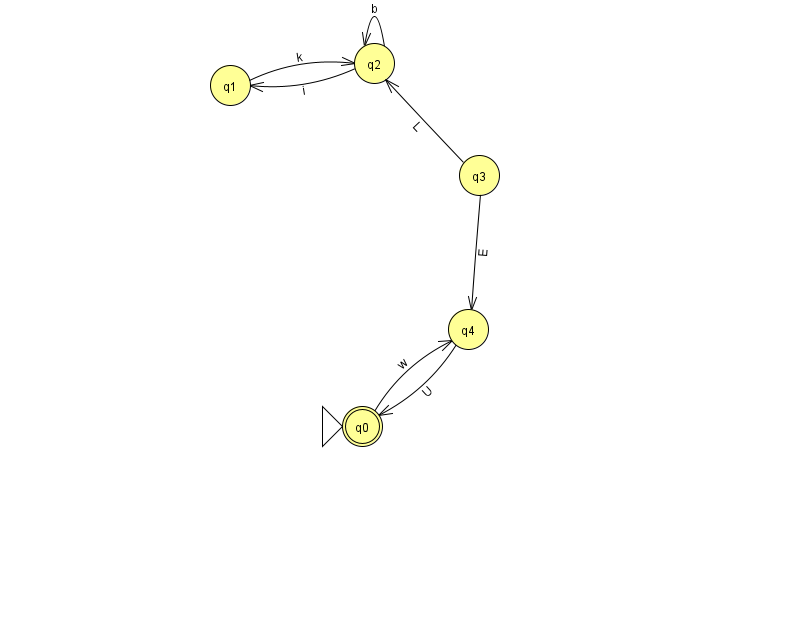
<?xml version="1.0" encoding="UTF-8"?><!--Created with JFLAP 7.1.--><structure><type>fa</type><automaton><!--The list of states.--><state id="0" name="q0"><x>362.0</x><y>413.0</y><initial/><final/></state><state id="1" name="q1"><x>230.0</x><y>72.0</y></state><state id="2" name="q2"><x>374.0</x><y>50.0</y></state><state id="3" name="q3"><x>479.0</x><y>162.0</y></state><state id="4" name="q4"><x>468.0</x><y>316.0</y></state><!--The list of transitions.--><transition><from>1</from><to>2</to><read>k</read></transition><transition><from>2</from><to>2</to><read>b</read></transition><transition><from>2</from><to>1</to><read>i</read></transition><transition><from>4</from><to>0</to><read>U</read></transition><transition><from>3</from><to>2</to><read>L</read></transition><transition><from>0</from><to>4</to><read>w</read></transition><transition><from>3</from><to>4</to><read>E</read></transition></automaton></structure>